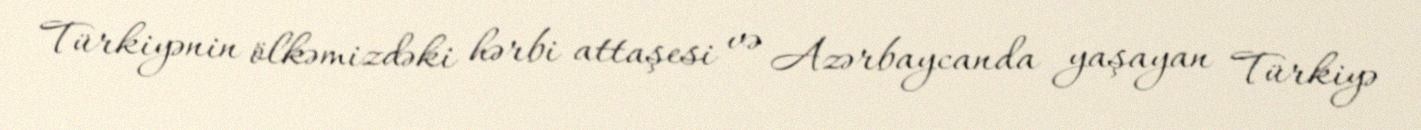
Türkiyənin ölkəmizdəki hərbi attaşesi və Azərbaycanda yaşayan Türkiyə